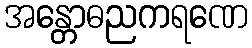
အန္တောဓညကရဏေ